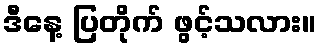
ဒီနေ့ ပြတိုက် ဖွင့်သလား။